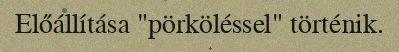
Előállítása "pörköléssel" történik.